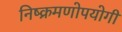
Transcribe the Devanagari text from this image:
निष्क्रमणोपयोगी